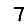
Digit: 7